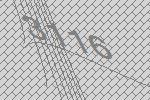
3116